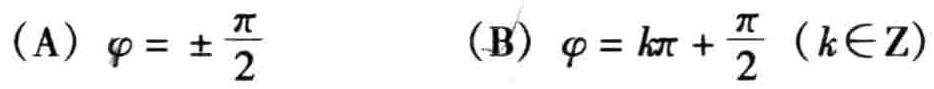
(A) \(\varphi = \pm \frac{\pi}{2}\)  (B) \(\varphi = k\pi + \frac{\pi}{2}\ (k\in \mathbf{Z})\)